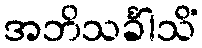
အဘိသင်္ခါသိံ